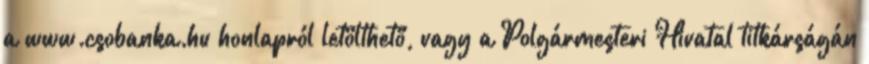
a www.csobanka.hu honlapról letölthető, vagy a Polgármesteri Hivatal titkárságán